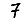
Digit: 7